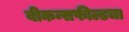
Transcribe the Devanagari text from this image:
बीकन्सफील्डचा